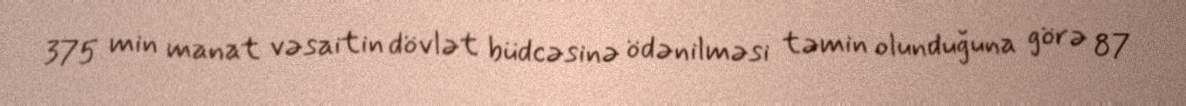
375 min manat vəsaitin dövlət büdcəsinə ödənilməsi təmin olunduğuna görə 87